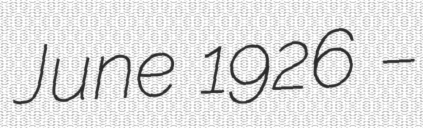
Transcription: June 1926 –